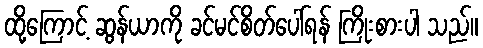
ထို့ကြောင့် ဆွန်ယာကို ခင်မင်စိတ်ပေါ်ရန် ကြိုးစားပါ သည်။